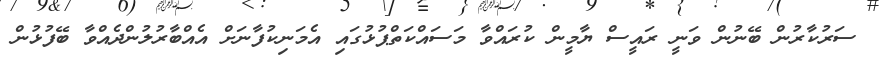
ސަރުކާރުން ބޭނުން ވަނީ ރައީސް ޔާމީން ކުރައްވާ މަސައްކަތްޕުޅުގައި އެމަނިކުފާނަށް އެއްބާރުލުންދެއްވާ ބޭފުޅުން